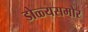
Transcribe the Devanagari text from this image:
डोळ्यसमोर